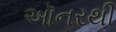
ઑનરથી